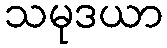
သမုဒယာ